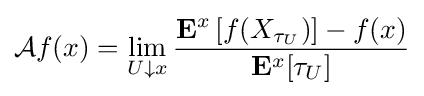
{\mathcal {A}}f(x)=\lim _{U\downarrow x}{\frac {\mathbf {E} ^{x}\left[f(X_{\tau _{U}})\right]-f(x)}{\mathbf {E} ^{x}[\tau _{U}]}}